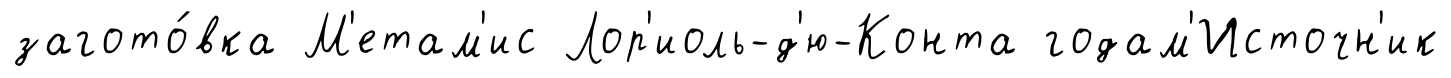
загото́вка М'етам'ис Лор'иоль-д'ю-Конта годам'Источн'ик